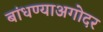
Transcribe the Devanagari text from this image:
बांधण्याअगोदर